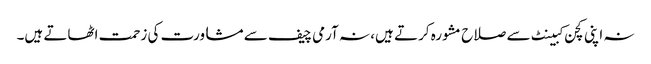
نہ اپنی کچن کبینٹ سے صلاح مشورہ کرتے ہیں، نہ آرمی چیف سے مشاورت کی زحمت اٹھاتے ہیں۔